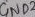
Text: GND2